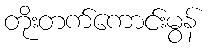
တိုးတက်ကောင်းမွန်